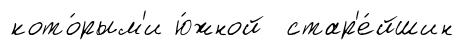
кото́рым'и ю́жной стар'е́йшин